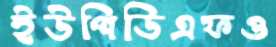
ইউপিডিএফও